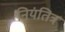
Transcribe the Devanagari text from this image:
नियंतित्र